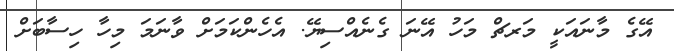
އޭގެ މާނައަކީ މަރޗް މަހު އޭނަ ގެނެއްސިޔޭ. އެހެންކަމަށް ވާނަމަ މިހާ ހިސާބަށް